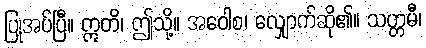
ပြုအပ်ပြီ။ ဣတိ၊ ဤသို့။ အဝေါစ၊ လျှောက်ဆို၏။ သတ္တမီ၊